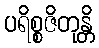
ပရိစ္စဇိတုန္တိ